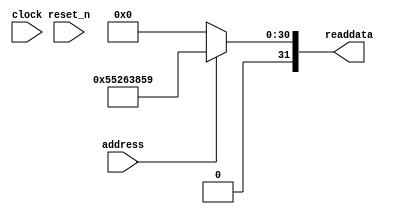
module lab9_soc_sysid_qsys_0 (
               // inputs:
                address,
                clock,
                reset_n,

               // outputs:
                readdata
             )
;

  output  [ 31: 0] readdata;
  input            address;
  input            clock;
  input            reset_n;

  wire    [ 31: 0] readdata;
  //control_slave, which is an e_avalon_slave
  assign readdata = address ? 1428568153 : 0;

endmodule